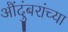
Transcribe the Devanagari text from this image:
औंदुंबरांच्या